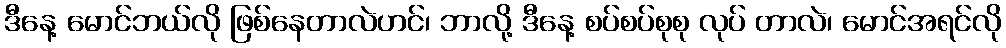
ဒီနေ့ မောင်ဘယ်လို ဖြစ်နေတာလဲဟင်၊ ဘာလို့ ဒီနေ့ စပ်စပ်စုစု လုပ် တာလဲ၊ မောင်အရင်လို